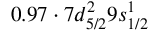
0 . 9 7 \cdot 7 d _ { 5 / 2 } ^ { 2 } 9 s _ { 1 / 2 } ^ { 1 }